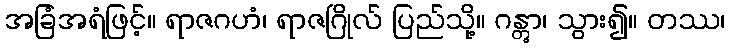
အခြံအရံဖြင့်။ ရာဇဂဟံ၊ ရာဇဂြိုလ် ပြည်သို့။ ဂန္တွာ၊ သွား၍။ တဿ၊